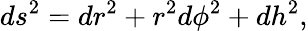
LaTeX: ds^{2}=dr^{2}+r^{2}d\phi^{2}+dh^{2},